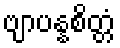
ဗျာပန္နစိတ္တံ